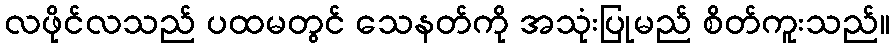
လဖိုင်လသည် ပထမတွင် သေနတ်ကို အသုံးပြုမည် စိတ်ကူးသည်။